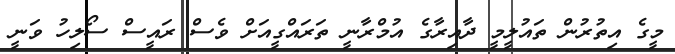
މީގެ އިތުރުން ތައުލީމީ ދާއިރާގެ އުމްރާނީ ތަރައްގީއަށް ވެސް ރައީސް ސޯލިހު ވަނީ